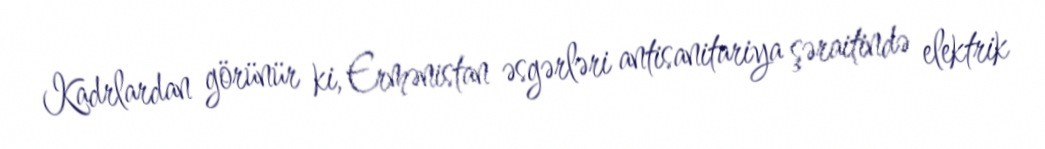
Kadrlardan görünür ki, Ermənistan əsgərləri antisanitariya şəraitində elektrik